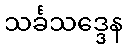
သင်္ခသဒ္ဒေန